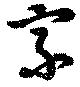
家